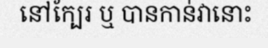
នៅក្បែរ ឬ បានកាន់វានោះ